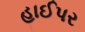
હાઈપર